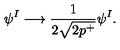
\psi ^ { I } \longrightarrow \frac { 1 } { 2 \sqrt { 2 p ^ { + } } } \psi ^ { I } .